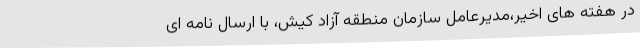
در هفته های اخیر،مدیرعامل سازمان منطقه آزاد کیش، با ارسال نامه ای